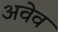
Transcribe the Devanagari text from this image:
अवेव